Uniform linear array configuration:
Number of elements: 16
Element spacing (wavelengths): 0.75
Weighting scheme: cosine
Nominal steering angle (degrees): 0
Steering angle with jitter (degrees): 0.3277
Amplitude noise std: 0.05
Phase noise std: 0.05

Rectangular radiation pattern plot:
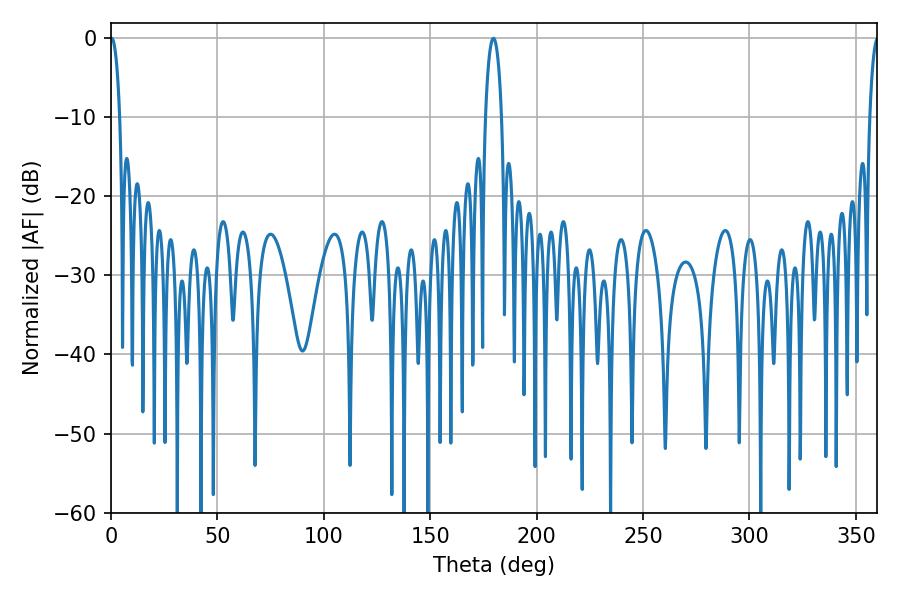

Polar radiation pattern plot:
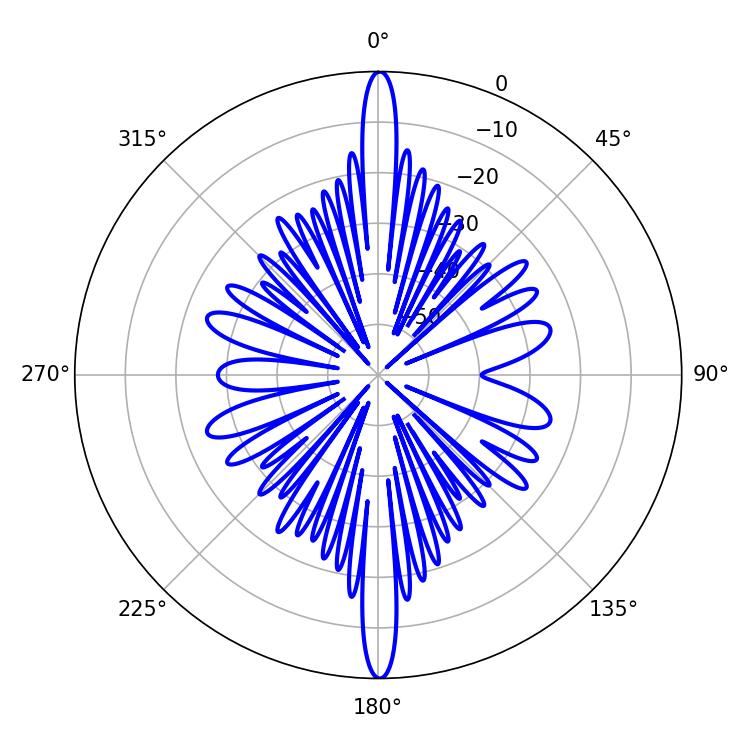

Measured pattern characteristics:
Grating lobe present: TRUE
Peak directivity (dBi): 31.492
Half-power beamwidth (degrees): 2.52
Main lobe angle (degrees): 0.36